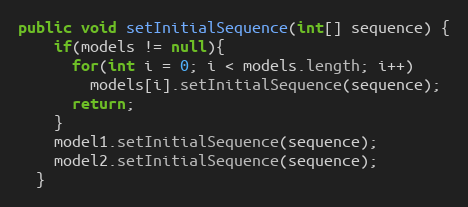
Language: Java
public void setInitialSequence(int[] sequence) {
    if(models != null){
      for(int i = 0; i < models.length; i++)
        models[i].setInitialSequence(sequence);
      return;
    }
    model1.setInitialSequence(sequence);
    model2.setInitialSequence(sequence);
  }